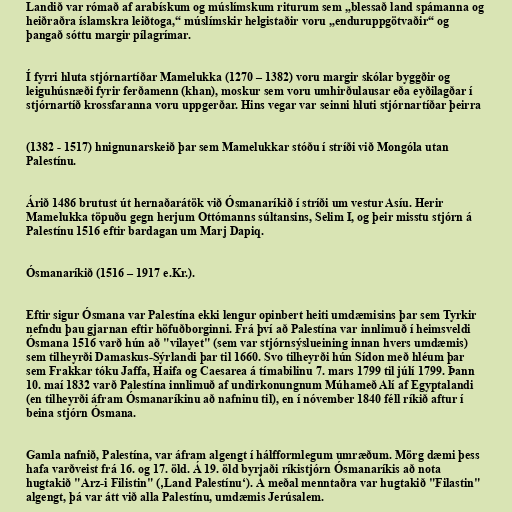
Landið var rómað af arabískum og múslímskum riturum sem „blessað land spámanna og
heiðraðra íslamskra leiðtoga,“ múslímskir helgistaðir voru „enduruppgötvaðir“ og
þangað sóttu margir pílagrímar.

Í fyrri hluta stjórnartíðar Mamelukka (1270 – 1382) voru margir skólar byggðir og
leiguhúsnæði fyrir ferðamenn (khan), moskur sem voru umhirðulausar eða eyðilagðar í
stjórnartíð krossfaranna voru uppgerðar. Hins vegar var seinni hluti stjórnartíðar þeirra

(1382 - 1517) hnignunarskeið þar sem Mamelukkar stóðu í stríði við Mongóla utan
Palestínu.

Árið 1486 brutust út hernaðarátök við Ósmanaríkið í stríði um vestur Asíu. Herir
Mamelukka töpuðu gegn herjum Ottómanns súltansins, Selim I, og þeir misstu stjórn á
Palestínu 1516 eftir bardagan um Marj Dapiq.

Ósmanaríkið (1516 – 1917 e.Kr.).

Eftir sigur Ósmana var Palestína ekki lengur opinbert heiti umdæmisins þar sem Tyrkir
nefndu þau gjarnan eftir höfuðborginni. Frá því að Palestína var innlimuð í heimsveldi
Ósmana 1516 varð hún að "vilayet" (sem var stjórnsýslueining innan hvers umdæmis)
sem tilheyrði Damaskus-Sýrlandi þar til 1660. Svo tilheyrði hún Sídon með hléum þar
sem Frakkar tóku Jaffa, Haifa og Caesarea á tímabilinu 7. mars 1799 til júlí 1799. Þann
10. maí 1832 varð Palestína innlimuð af undirkonungnum Múhameð Alí af Egyptalandi
(en tilheyrði áfram Ósmanaríkinu að nafninu til), en í nóvember 1840 féll ríkið aftur í
beina stjórn Ósmana.

Gamla nafnið, Palestína, var áfram algengt í hálfformlegum umræðum. Mörg dæmi þess
hafa varðveist frá 16. og 17. öld. Á 19. öld byrjaði ríkistjórn Ósmanaríkis að nota
hugtakið "Arz-i Filistin" (‚Land Palestínu‘). Á meðal menntaðra var hugtakið "Filastin"
algengt, þá var átt við alla Palestínu, umdæmis Jerúsalem.